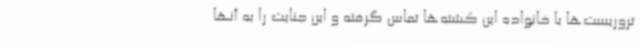
تروریست‌ها با خانواده این کشته‌ها تماس گرفته و این جنایت را به آنها